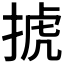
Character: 𢮎